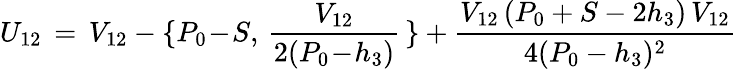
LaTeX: U_{12}\, =\, V_{12}-\{ P_{0}\! -\! S,\, {\frac{V_{12}}{2(P_{0}\! -\! h_{3})}}\, \} +{\frac{V_{12}\, (P_{0}+S-2h_{3})\, V_{12}}{4(P_{0}-h_{3})^{2}}}